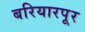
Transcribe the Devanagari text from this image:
बरियारपूर